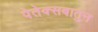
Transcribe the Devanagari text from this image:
पेतेक्सबातुन